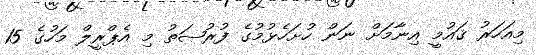
މިއަހަރު ޤައުމީ އިނާމަށް ނަން ހުށަހެޅުމުގެ ފުރުޞަތު މި އެޕްރީލް މަހުގެ 15